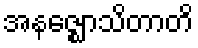
အနဇ္ဈောသိတာတိ